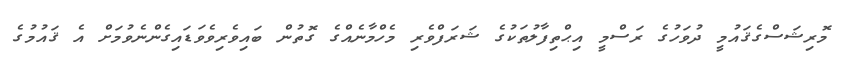
މޮރިޝަސްގެޤައުމީ ދުވަހުގެ ރަސްމީ އިޙްތިފާލުތަކުގެ ޝަރަފްވެރި މެހްމާނެއްގެ ގޮތުން ބައިވެރިވެވަޑައިގެންނެވުމަށް އެ ޤައުމުގެ